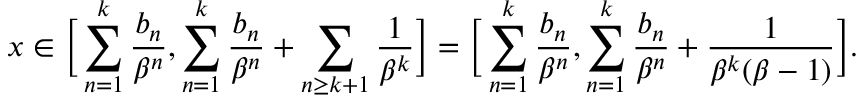
x \in \Big [ \sum _ { n = 1 } ^ { k } \frac { b _ { n } } { \beta ^ { n } } , \sum _ { n = 1 } ^ { k } \frac { b _ { n } } { \beta ^ { n } } + \sum _ { n \ge k + 1 } \frac 1 { \beta ^ { k } } \Big ] = \Big [ \sum _ { n = 1 } ^ { k } \frac { b _ { n } } { \beta ^ { n } } , \sum _ { n = 1 } ^ { k } \frac { b _ { n } } { \beta ^ { n } } + \frac 1 { \beta ^ { k } ( \beta - 1 ) } \Big ] .